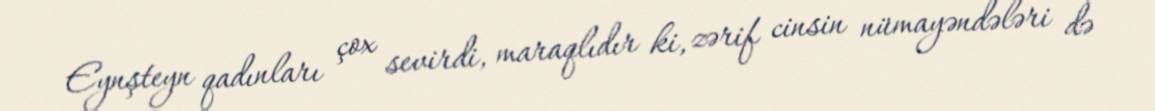
Eynşteyn qadınları çox sevirdi, maraqlıdır ki, zərif cinsin nümayəndələri də